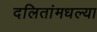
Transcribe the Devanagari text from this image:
दलितांमधल्या